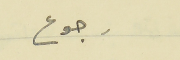
رجوع